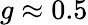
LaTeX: g\approx 0.5